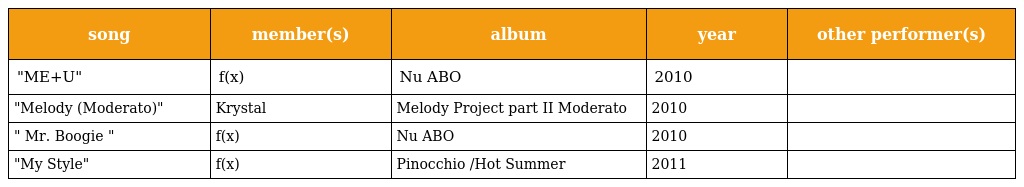
| song | member(s) | album | year | other performer(s) |
 | --- | --- | --- | --- | --- |
 | "ME+U" | f(x) | Nu ABO | 2010 |  |
 | "Melody (Moderato)" | Krystal | Melody Project part II Moderato | 2010 |  |
 | " Mr. Boogie " | f(x) | Nu ABO | 2010 |  |
 | "My Style" | f(x) | Pinocchio /Hot Summer | 2011 |  |